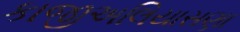
કાજીઅલિયાસણા